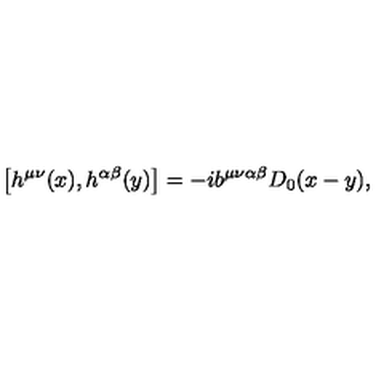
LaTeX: \big [ h ^ { \mu \nu } ( x ) , h ^ { \alpha \beta } ( y ) \big ] = - i b ^ { \mu \nu \alpha \beta } D _ { 0 } ( x - y ) ,